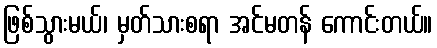
ဖြစ်သွားမယ်၊ မှတ်သားစရာ အင်မတန် ကောင်းတယ်။